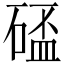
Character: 𥔦